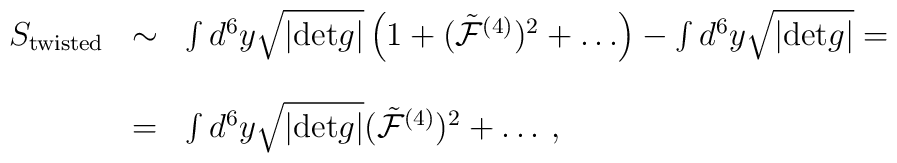
\begin{array}{rcl}S_{{\rm twisted}}&\sim & \int d^6 y\sqrt{|{\rm det}g|}\left(1+({\tilde {\cal F}}^{(4)})^2+\dots\right)-\int d^6 y\sqrt{|{\rm det}g|}=\\&&\\&=&\int d^6 y\sqrt{|{\rm det}g|}({\tilde {\cal F}}^{(4)})^2+\dots\, ,\\\end{array}